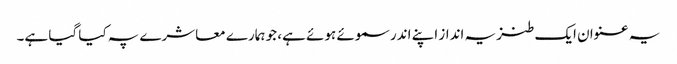
یہ عنوان ایک طنزیہ انداز اپنے اندر سموئے ہوئے ہے، جو ہمارے معاشرے پہ کیا گیا ہے۔